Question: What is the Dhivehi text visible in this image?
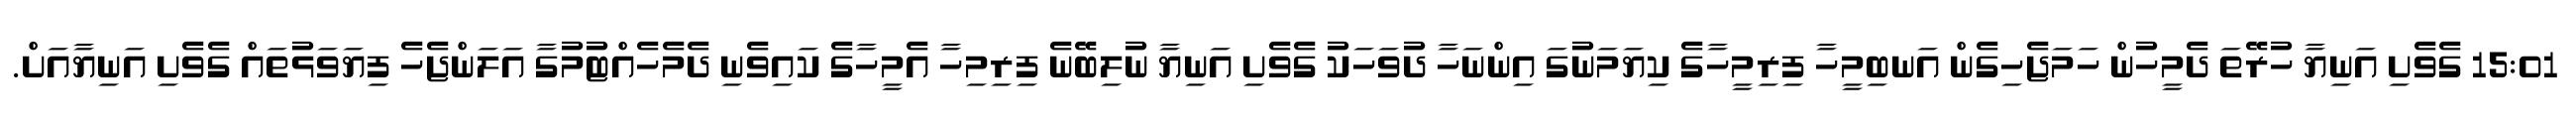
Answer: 15:01 ގެވެށި އަނިޔާ ހުރޭތަ ދެމީހުން ހަމަޖެހިގެން އަނބިމީހާ ފިރިމީހާގެ ކިޔަމަނުގަ އިންނަހާ ދުވަހަކު ގެވެށި އަނިޔާ ނުލިބޭނެ ފިރިމިހާ އެމީހާގެ ކައިވެނި ދެމެހެއްޓުމުގާ އަލަންޖެހެ ފިޔަވަޅުތައް ގެވެށި އަނިޔާއަށް.